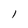
Character: l